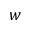
w